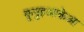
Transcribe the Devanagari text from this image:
कूनुइआकेआ